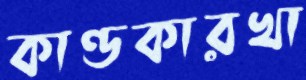
কাণ্ডকারখা